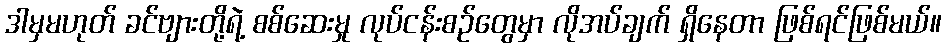
ဒါမှမဟုတ် ခင်ဗျားတို့ရဲ့ စစ်ဆေးမှု လုပ်ငန်းစဉ်တွေမှာ လိုအပ်ချက် ရှိနေတာ ဖြစ်ရင်ဖြစ်မယ်။